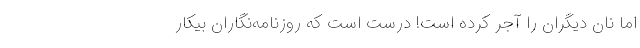
اما نان دیگران را آجر کرده است! درست است که روزنامه‌نگاران بیکار